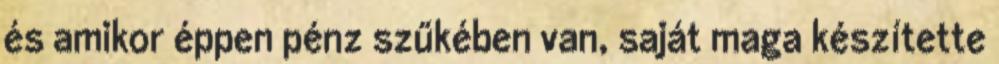
és amikor éppen pénz szűkében van, saját maga készítette